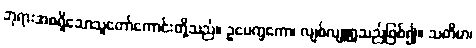
ဘုရားအစရှိသောသူတော်ကောင်းတို့သည်။ ဥပေက္ခကော၊ လျစ်လျူရှုသည်ဖြစ်၍။ သတိမာ၊